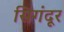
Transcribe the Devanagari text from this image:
सिगंदूर